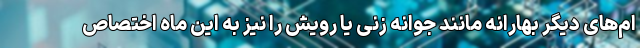
ام‌های دیگر بهارانه مانند جوانه زنی یا رویش را نیز به این ماه اختصاص